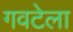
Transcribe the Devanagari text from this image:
गवटेला